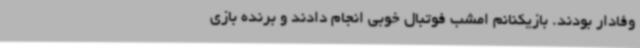
وفادار بودند. بازیکنانم امشب فوتبال خوبی انجام دادند و برنده بازی